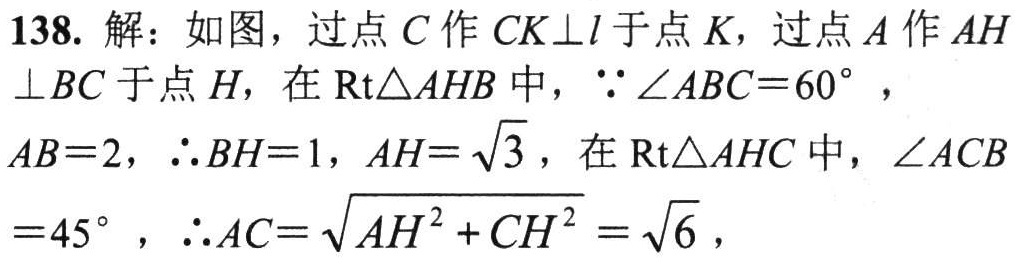
138. 解：如图，过点\(C\)作\(CK\perp l\)于点\(K\)，过点\(A\)作\(AH\perp BC\)于点\(H\)，在\(\text{Rt}\triangle AHB\)中，\(\because\angle ABC = 60^{\circ}\)，\(AB = 2\)，\(\therefore BH = 1\)，\(AH=\sqrt{3}\)，在\(\text{Rt}\triangle AHC\)中，\(\angle ACB=45^{\circ}\)，\(\therefore AC=\sqrt{AH^{2}+CH^{2}}=\sqrt{6}\)，